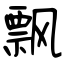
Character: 飘